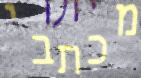
מכתבי